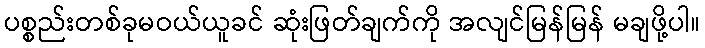
ပစ္စည်းတစ်ခုမဝယ်ယူခင် ဆုံးဖြတ်ချက်ကို အလျင်မြန်မြန် မချဖို့ပါ။